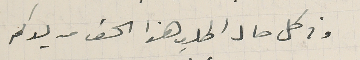
وفى كل حال اطلب هذا الحق من يدكم